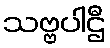
သဗ္ဗပါဌီ